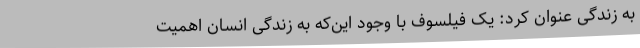
به زندگی عنوان کرد: یک فیلسوف با وجود این‌که به زندگی انسان اهمیت